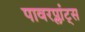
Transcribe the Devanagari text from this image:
पावरप्लांट्स